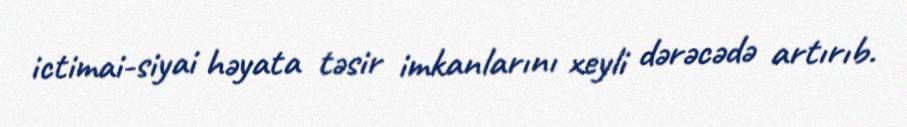
ictimai-siyai həyata təsir imkanlarını xeyli dərəcədə artırıb.